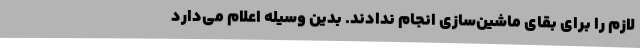
لازم را برای بقای ماشین‌سازی انجام ندادند. بدین وسیله اعلام می‌دارد